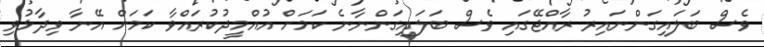
ވެސް ބަލައިގަންނައިރު ރާއްޖޭގައި ވެސް ބަލައިގަންނާނެ ކަމަށް އުއްމީދުކުރައްވާ ކަމަށް އޭނާ ވިދާޅުވި